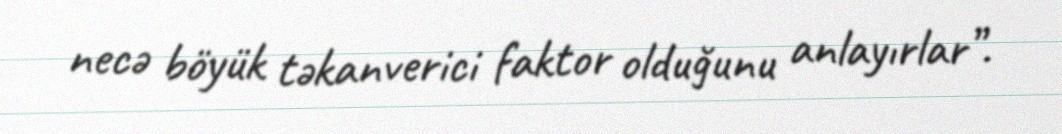
necə böyük təkanverici faktor olduğunu anlayırlar”.